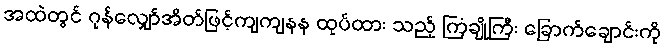
အထဲတွင် ဂုန်လျှော်အိတ်ဖြင့်ကျကျနန ထုပ်ထား သည့် ကြံ့ချိုကြီး ခြောက်ချောင်းကို